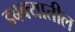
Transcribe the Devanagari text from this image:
डबक्यातील